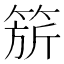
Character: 𬕗